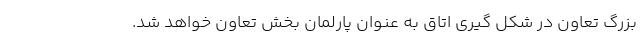
بزرگ تعاون در شکل گیری اتاق به عنوان پارلمان بخش تعاون خواهد شد.